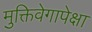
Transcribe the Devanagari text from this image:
मुक्तिवेगापेक्षा